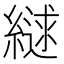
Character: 𮈹